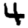
Digit: 4